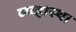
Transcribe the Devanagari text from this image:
व्य्व्हास्था